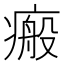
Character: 瘢